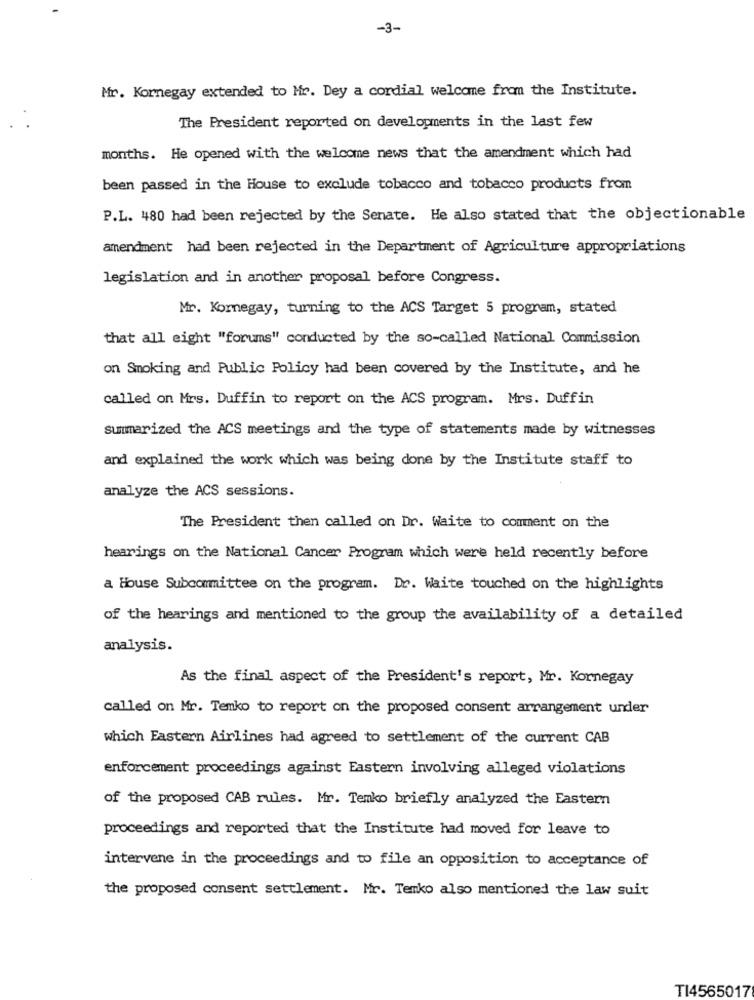
-3-
Mr. Kornegay extended to Mr. Dey a cordial welcome from the Institute.
The President reported on developments in the last few
months. He opened with the welcome news that the amendment which had
been passed in the House to exclude tobacco and tobacco products from
P.L. 480 had been rejected by the Senate. He also stated that the objectionable
amendment had been rejected in the Department of Agriculture appropriations
legislation and in another proposal before Congress.
Mr. Kornegay, turning to the ACS Target 5 program, stated
that all eight "forums" conducted by the so-called National Commission
on Smoking and Public Policy had been covered by the Institute, and he
called on Mrs. Duffin to report on the ACS program. Mrs. Duffin
summarized the ACS meetings and the type of statements made by witnesses
and explained the work which was being done by the Institute staff to
analyze the ACS sessions.
The President then called on Dr. Waite to comment on the
hearings on the National Cancer Program which were held recently before
a House Subcommittee on the program. Dr. Waite touched on the highlights
of the hearings and mentioned to the group the availability of a detailed
analysis.
As the final aspect of the President's report, Mr. Kornegay
called on Mr. Temko to report on the proposed consent arrangement under
which Eastern Airlines had agreed to settlement of the current CAB
enforcement proceedings against Eastern involving alleged violations
of the proposed CAB rules. Mr. Temko briefly analyzed the Eastern
proceedings and reported that the Institute had moved for leave to
intervene in the proceedings and to file an opposition to acceptance of
the proposed consent settlement. Mr. Temko also mentioned the law suit
TI4565017